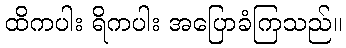
ထိကပါး ရိကပါး အပြောခံကြသည်။